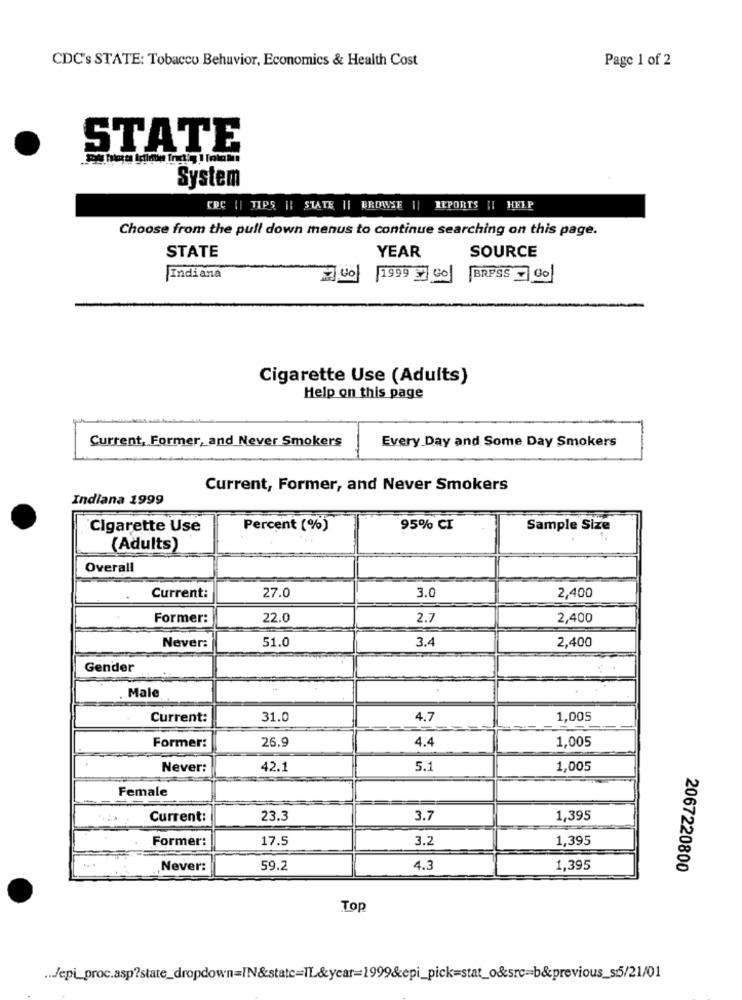
CDC's STATE: Tobacco Behavior, Economics & Health Cost
Page 1 of 2
STATE
System
CRC || TIPS || STATE || BROWSE || REPORTS || HELP
Choose from the pull down menus to continue searching on this page.
STATE
YEAR
SOURCE
Indiana
40 1999 Go BRPSS Go
Cigarette Use (Adults)
Help on this page
Current, Former, and Never Smokers
Every Day and Some Day Smokers
Current, Former, and Never Smokers
Indiana 1999
Cigarette Use
Percent (%)
95% CI
Sample Size
(Adults)
Overall
3.0
Current:
27.0
2,400
Former:
22.0
2.7
2,400
51.0
3.4
Never:
2,400
Gender
Male
Current:
31.0
4.7
1,005
Former:
26.9
1,005
4.4
Never:
42.1
5.1
1,005
Female
Current:
23.3
3.7
1,395
Former:
17.5
3.2
1,395
Never:
59.2
4.3
1,395
2067220800
Top